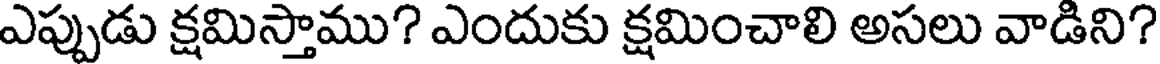
ఎప్పుడు క్షమిస్తాము? ఎందుకు క్షమించాలి అసలు వాడిని?